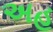
અહ